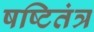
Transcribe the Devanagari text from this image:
षष्टितंत्र